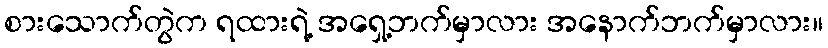
စားသောက်တွဲက ရထားရဲ့ အရှေ့ဘက်မှာလား အနောက်ဘက်မှာလား။